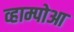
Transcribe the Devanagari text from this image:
व्हाम्पोआ